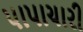
પાપાચારી